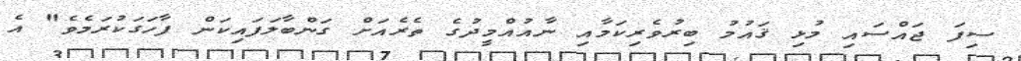
ސިފަ ޖައްސައި މުޅި ޤައުމު ބިރުވެރިކަމާއި ނާއުއްމީދުގެ ތެރެއަށް ގަންބާލަފައިކަން ފާހަގަކުރަމެވެ" އެ